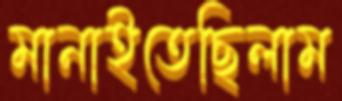
মানাইতেছিলাম